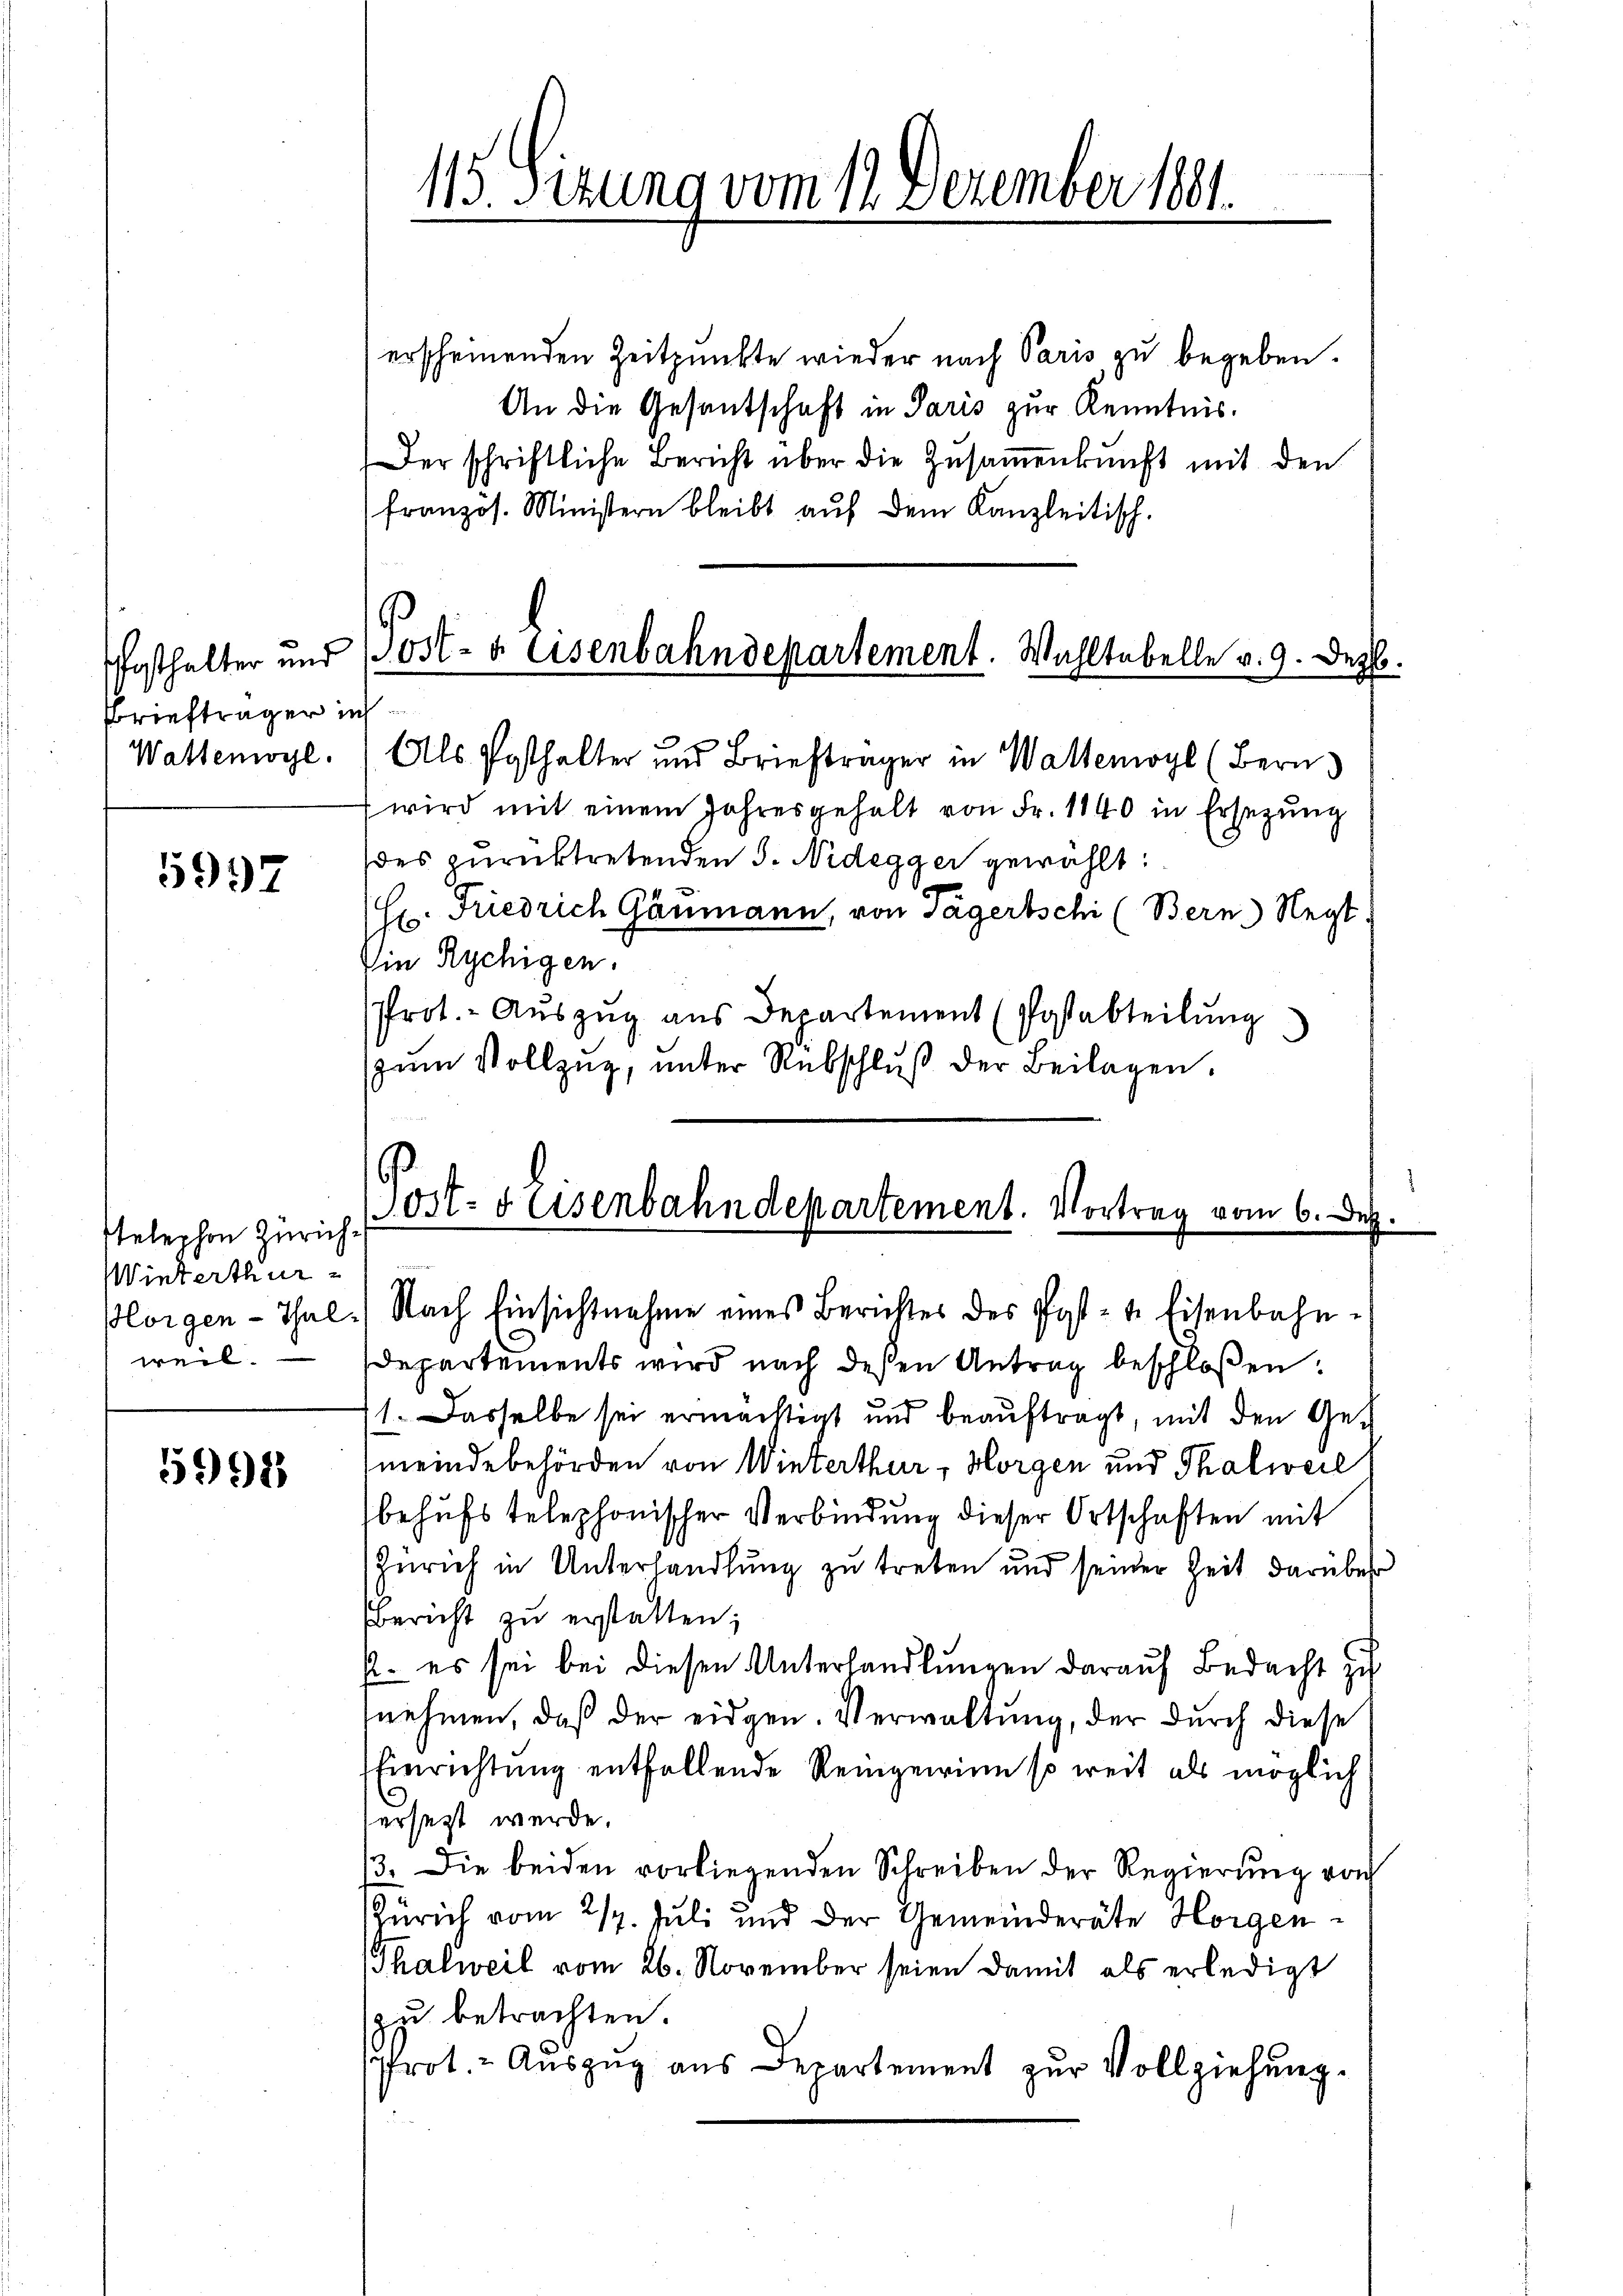
Briefträger ich
Wattenogl.

5997

telephon Zürich¬
Winterthur
weil.

5992

erscheinenden Zeitpunkte wieder nach Paris zu begeben.
An die Gesantschaft in Paris zur Kenntnis.
Der schriftliche Bericht über die Zusammenkunft mit den
französ. Ministern bleibt aŭf dem Kanzleitisch-

15. Sizung vom 12. Dezember 1891.

festhalter und Post- & Eisenbahndepartement. Wahltabelle v. 9. Dez.

Als Posthalter und Briefträger in Waltemoyl (Bern)
wird mit einem Jahresgehalt von Fr. 1840 in Ersezung
des zurücktretenden 5. Nidegger gewählt:
(Hr. Friedrich Gaumann, von Tägertschi (Bern Negt.
Ein Rychigen.
Prot.- Aŭszŭg aŭs Departement (Postabteilŭng
zŭm Vollzŭg, ŭnter Rebschlŭβ der Beilagen.

Departements wird nach dessen Antrag beschloßen:
1. Dasselbe sei ermächtigt und beaŭftragt, mit den Gemeindebehörden von Winterthur, Horgen und Thalweil
behufs telephonischer Verbindung dieser Ortschaften mit
Zürich in Unterhandlung zu treten und seiner Zeit darüber
Bericht zu erstatten;
p. es sei bei diesen Unterhandlungen darauf Bedacht zu
nehmen, daß der eidgen. Verwaltung, der durch diese
Einrichtung entfallende Reingewinn so weit als möglich
ersezt werde.
13. Die beiden vorliegenden Schreiben der Regierung von
Zürich vom 217. Juli und der Gemeinderäte Horgen¬
Thalweil vom 26. November seien damit als erledigt
zu betrachten.
Prot. Aŭszŭg ans Departement zŭr Vollziehung.

Post- & Eisenbahndepartement. Vortrag vom 6. d.
plorgen - Thal) Nach Einsichtnahme eines Berichtes des Post-te Eisenbahn-